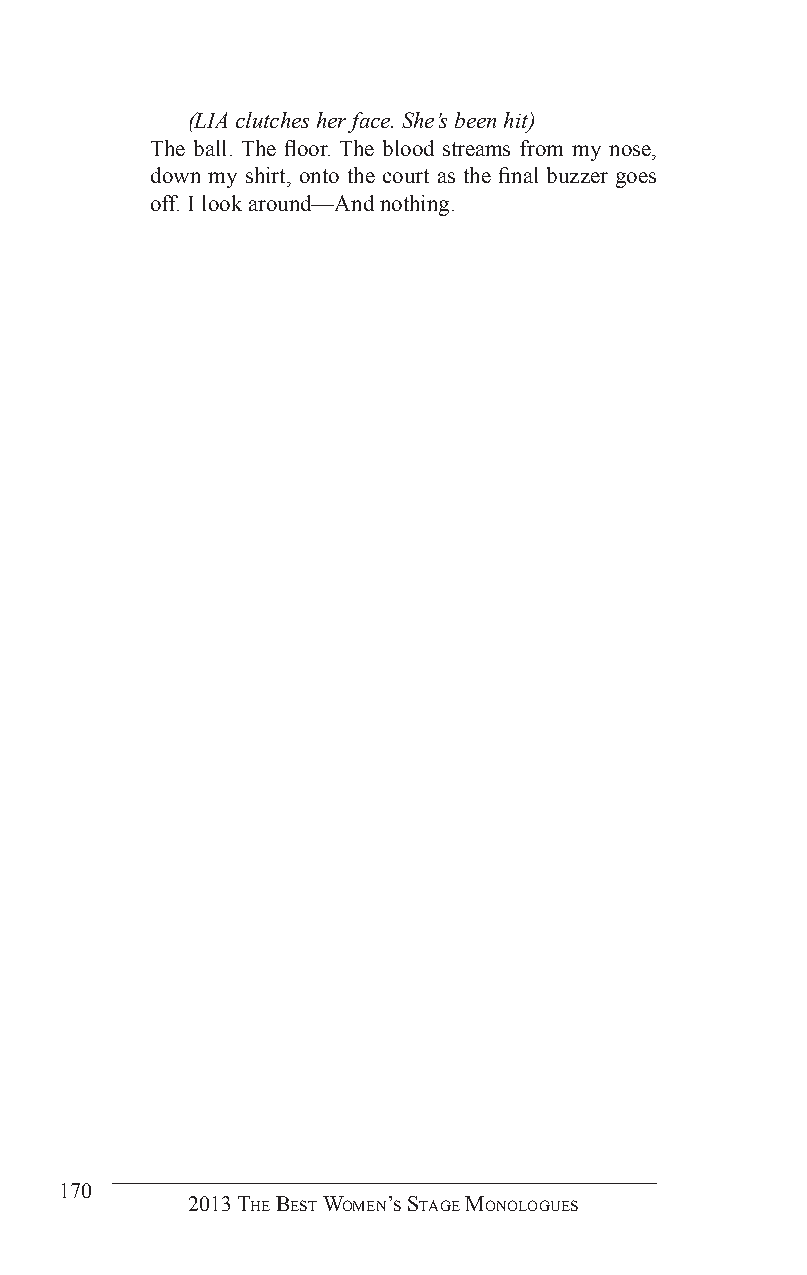
(LIA clutches her face. She’s been hit)
 The ball. The floor. The blood streams from my nose,
 down my shirt, onto the court as the final buzzer goes
 off. I look around—And nothing.
 170
 2013 The BesT Women’s sTage monologues